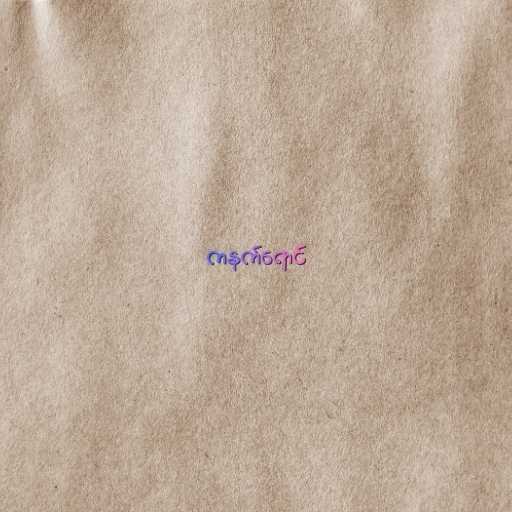
ကနက်ရောင်